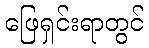
ဖြေရှင်းရာတွင်